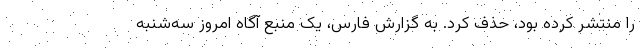
را منتشر کرده بود، حذف کرد. به گزارش فارس، یک منبع آگاه امروز سه‌شنبه